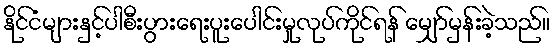
နိုင်ငံများနှင့်ပါစီးပွားရေးပူးပေါင်းမှုလုပ်ကိုင်ရန် မျှော်မှန်းခဲ့သည်။